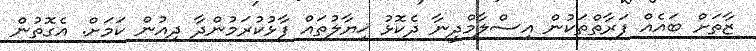
ޒާތަށް ބައެއް ފަރާތްތަކުން އިސްލާމްދީނާ ދެކޮޅު ޚިޔާލުތައް ފާޅުކުރަމުންދާ ދިއުން ކަމަށް. އެގޮތުން